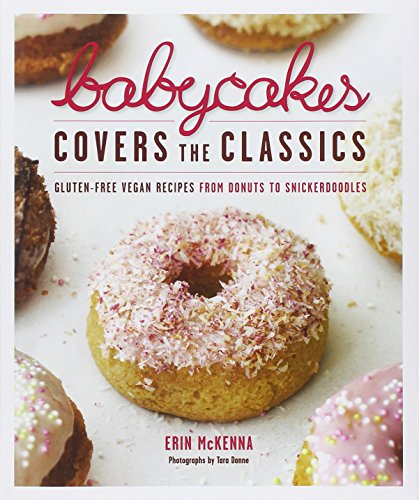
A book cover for BabyCakes Covers the Classics: Gluten-Free Vegan Recipes from Donuts to Snickerdoodles; Erin McKenna; Cookbooks, Food & Wine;